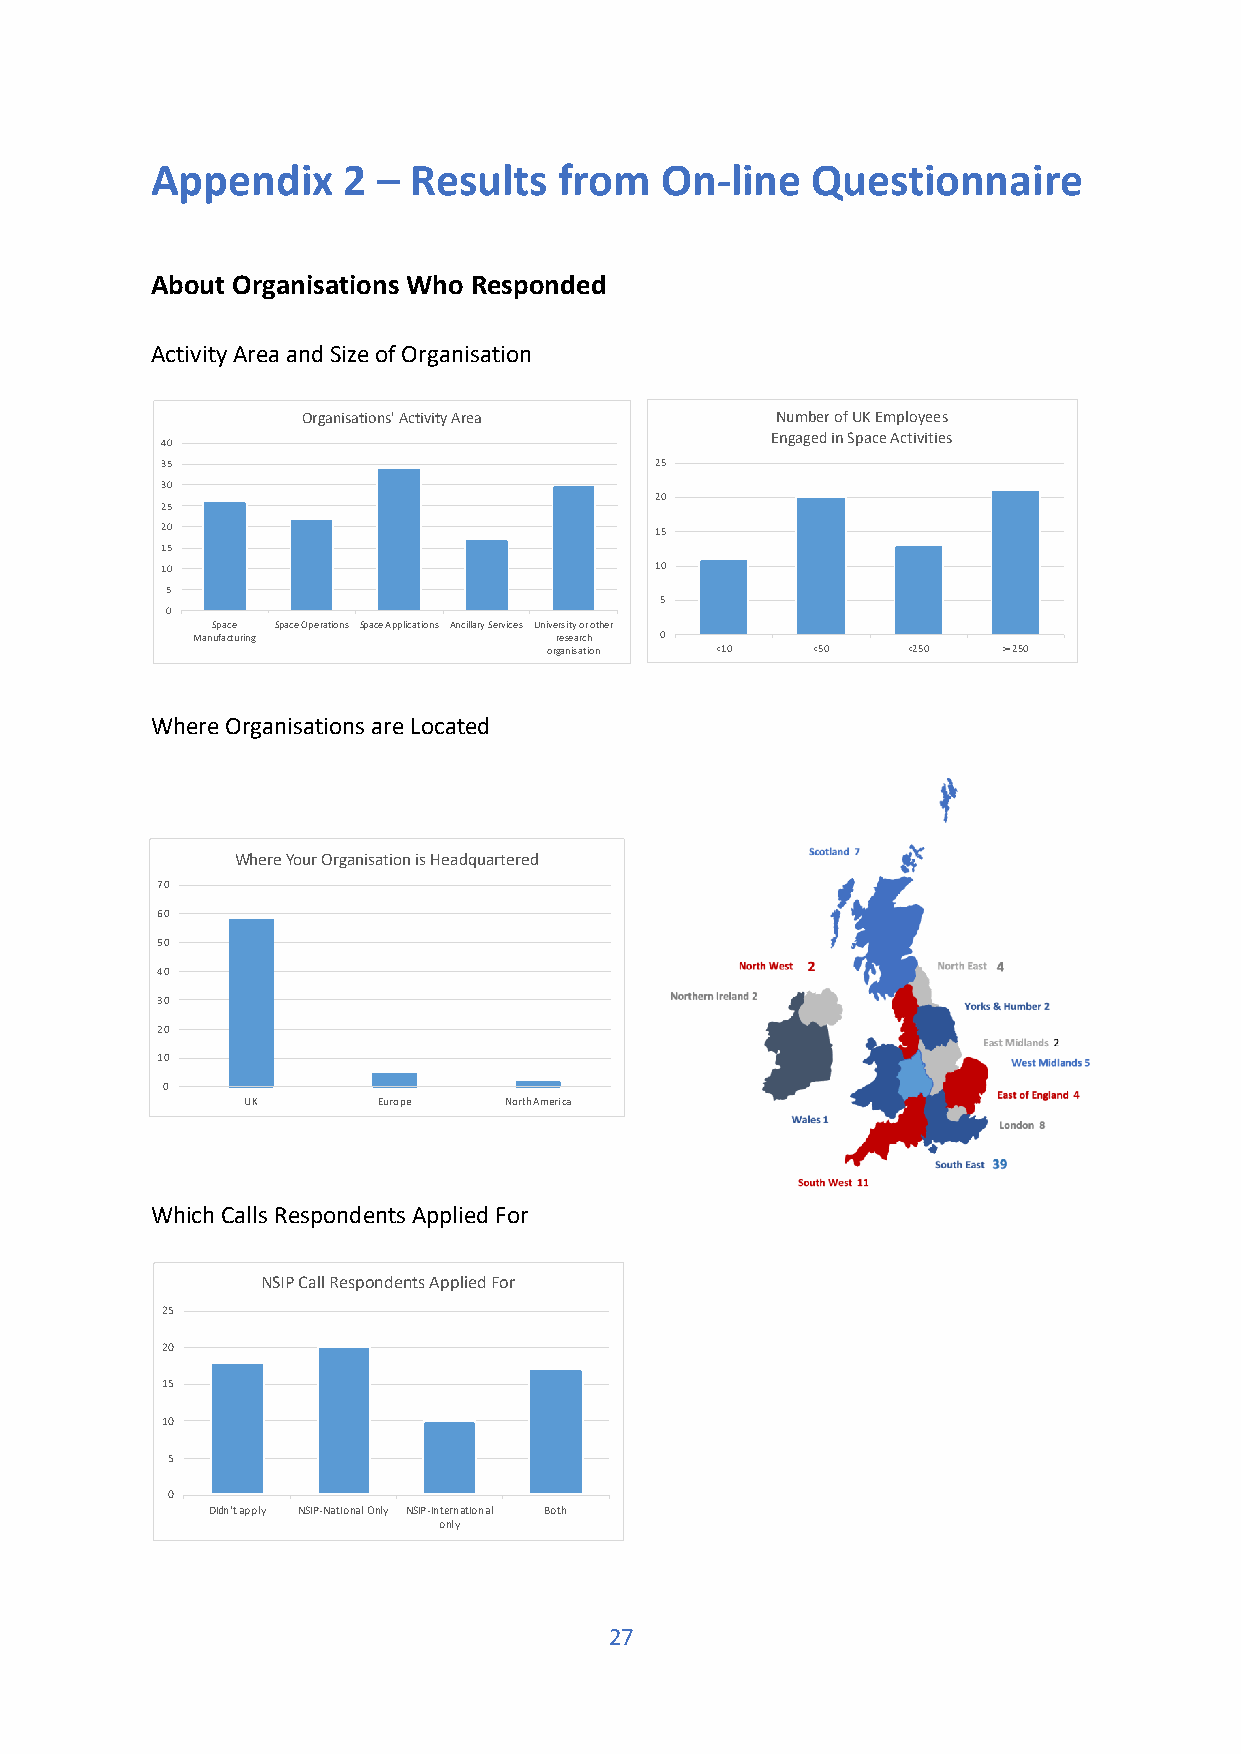
Appendix     2 – Results   from   On-line   Questionnaire
 About Organisations Who Responded
 Activity Area and Size of Organisation
 Organisations' Activity Area   Number of UK Employees
 Engaged in Space Activities
 40
 35                              25
 30
 20
 25
 20                              15
 15
 10                              10
 5
 5
 0
 ManS up faa cc te
 uring
 Space Operations Space Applications Ancillary Services Unive rr es si ety
 a
 ro cr
 h
 other
 0
 organisation <10  <50   <250  >=250
 Where Organisations are Located
 Where Your Organisation is Headquartered
 70
 60
 50
 40
 30
 20
 10
 0
 UK       Europe  North America
 Which Calls Respondents Applied For
 NSIP Call Respondents Applied For
 25
 20
 15
 10
 5
 0
 Didn't apply NSIP-National Only NSIP-International Both
 only
 27